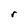
Character: r